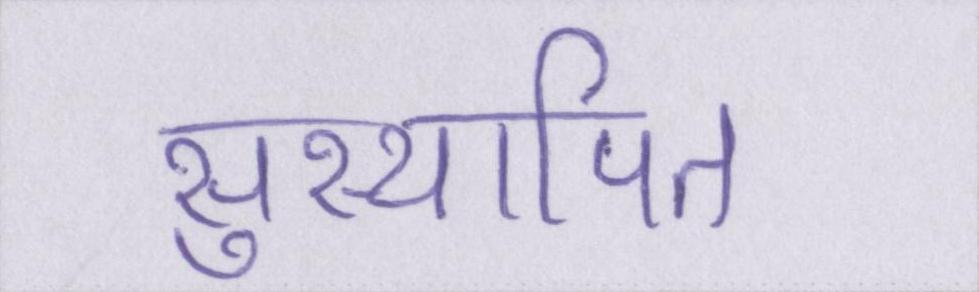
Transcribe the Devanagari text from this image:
सुस्थापित